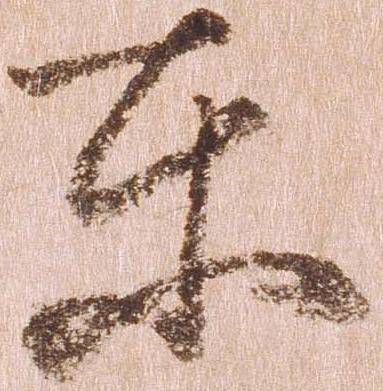
東